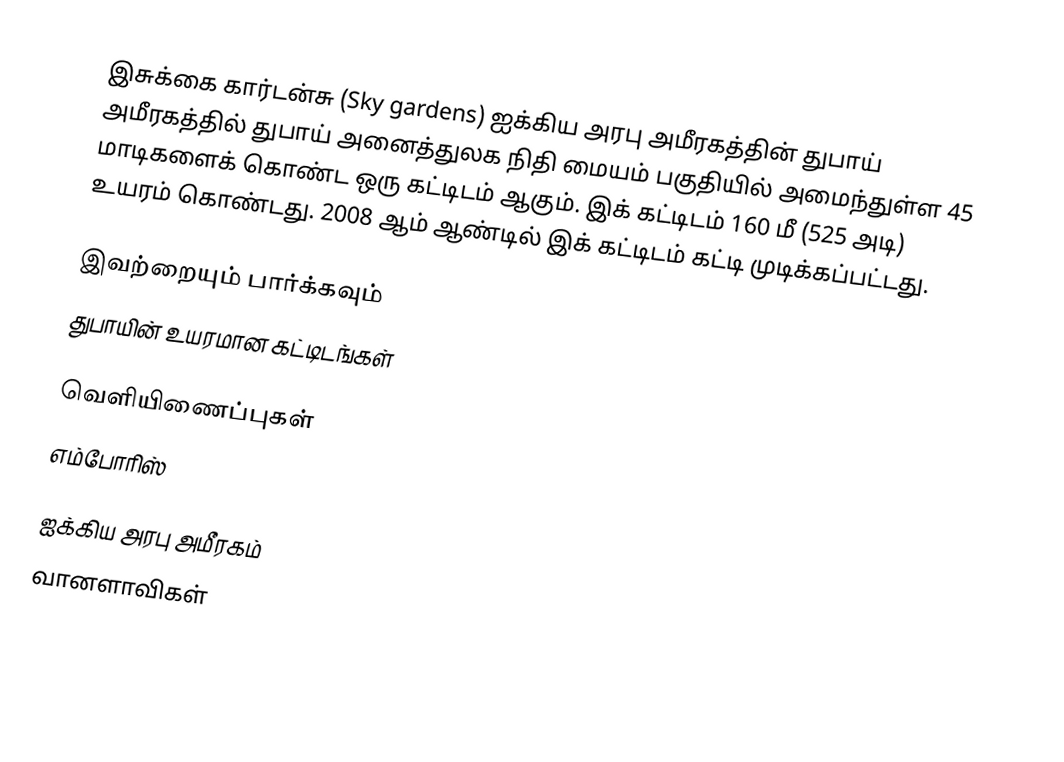
இசுக்கை கார்டன்சு (Sky gardens) ஐக்கிய அரபு அமீரகத்தின் துபாய் அமீரகத்தில் துபாய் அனைத்துலக நிதி மையம் பகுதியில் அமைந்துள்ள 45 மாடிகளைக் கொண்ட ஒரு கட்டிடம் ஆகும். இக் கட்டிடம் 160 மீ (525 அடி) உயரம் கொண்டது. 2008 ஆம் ஆண்டில் இக் கட்டிடம் கட்டி முடிக்கப்பட்டது.

இவற்றையும் பார்க்கவும்
 துபாயின் உயரமான கட்டிடங்கள்

வெளியிணைப்புகள்
எம்போரிஸ்

ஐக்கிய அரபு அமீரகம்
வானளாவிகள்